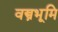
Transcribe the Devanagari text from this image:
वस्त्रभूमि